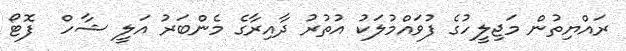
ރައްޔިތުން މަޖިލީހުގެ ފުވައްމުލަކު އުތުރު ދާއިރާގެ މެންބަރު އަލީ ޝާހް  ފޮޓޯ